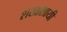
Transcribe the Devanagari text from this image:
शखाशायी